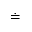
\doteq